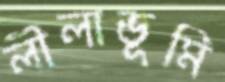
লীলাভূমি